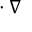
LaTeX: \mathbf { \epsilon } \cdot \nabla